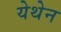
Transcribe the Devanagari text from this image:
येथेन